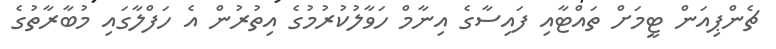
ޗެންޕިއަން ޓީމަށް ތައްޓާއި ފައިސާގެ އިނާމް ހަވާލުކުރުމުގެ އިތުރުން އެ ހަފްލާގައި މުބާރާތުގެ